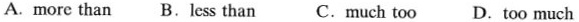
A.more than B.Less than C.Much too D. Too much